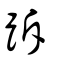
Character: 跅